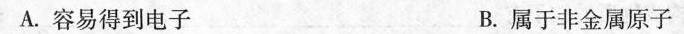
A.容易得到电子 B.属于非金属原子